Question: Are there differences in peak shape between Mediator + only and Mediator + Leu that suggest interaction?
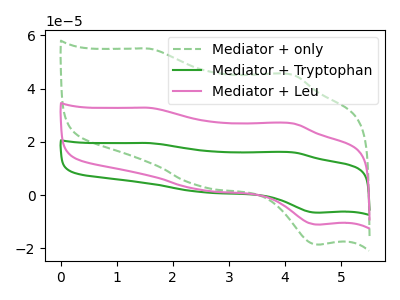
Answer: <think>The green dashed curve "Mediator + only" has anodic peaks at (1.60V, 55.00uA) (4.15V, 45.15uA) and cathodic peaks at (2.50V, 3.20uA) (4.60V, -18.60uA). The green curve "Mediator + Tryptophan" has anodic peaks at (1.60V, 65.55uA) (4.15V, 53.85uA) and cathodic peaks at (2.50V, 3.80uA) (4.60V, -22.15uA). The pink curve "Mediator + Leu" has anodic peaks at (1.60V, 32.75uA) (4.15V, 26.90uA) and cathodic peaks at (2.50V, 1.90uA) (4.60V, -11.10uA).
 All the peaks in "Mediator + only" have a peak in "Mediator + Leu" at the same potential.</think>
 <answer>No, "Mediator + only" and "Mediator + Leu" don't appear to be significantly different in shape</answer>
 <eval>no_change</eval>